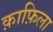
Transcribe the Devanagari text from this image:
क़ाफ़िला